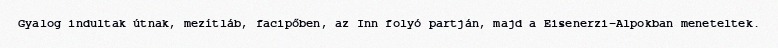
Gyalog indultak útnak, mezítláb, facipőben, az Inn folyó partján, majd a Eisenerzi-Alpokban meneteltek.